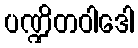
ပဏ္ဍိတဝါဒေါ